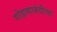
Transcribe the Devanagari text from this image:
गोहत्याबंदीचा